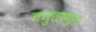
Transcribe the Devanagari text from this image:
तनुतामुन